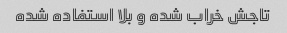
تاجش خراب شده و بلا استفاده شده